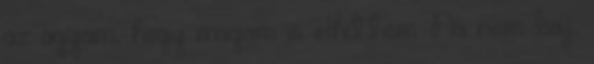
az agyam, hogy magam is elhittem. Na nem baj,